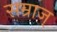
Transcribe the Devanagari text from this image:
सम्राज्